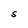
Character: S